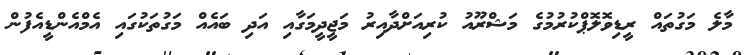
މާލެ މަގުތައް ރީޑިވޮލޮޕްކުރުމުގެ މަޝްރޫއު ކުރިއަށްދާއިރު މަޖީދީމަގާއި އަދި ބައެއް މަގުތަކުގައި އެމްއެންޑީއެފުން